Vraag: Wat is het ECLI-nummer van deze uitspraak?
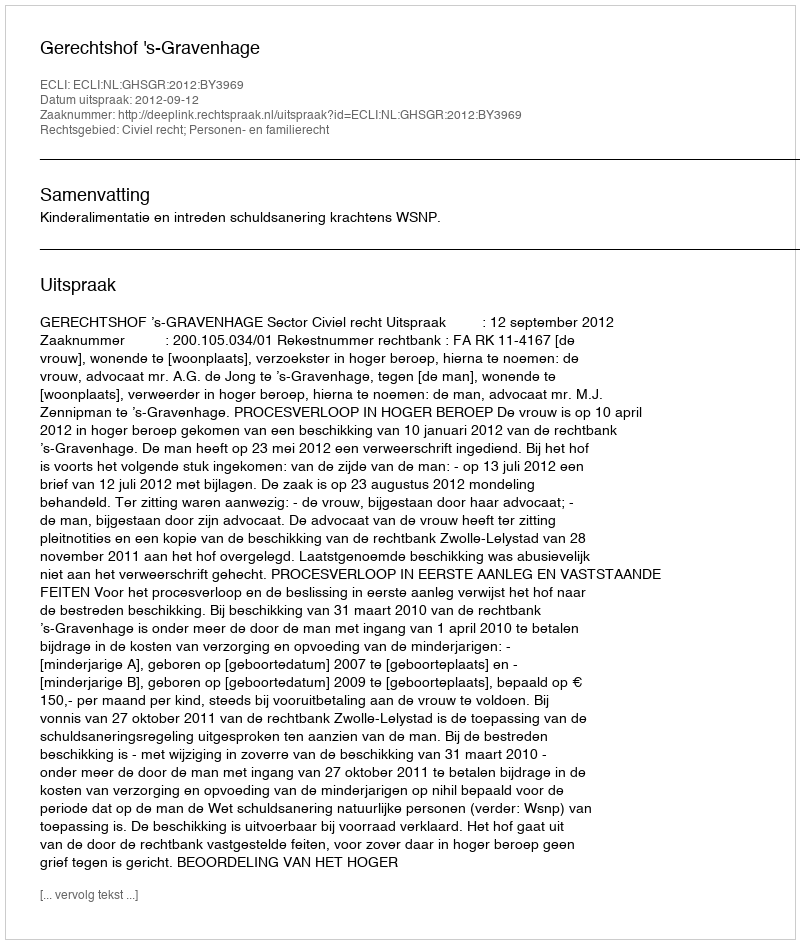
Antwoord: ECLI:NL:GHSGR:2012:BY3969